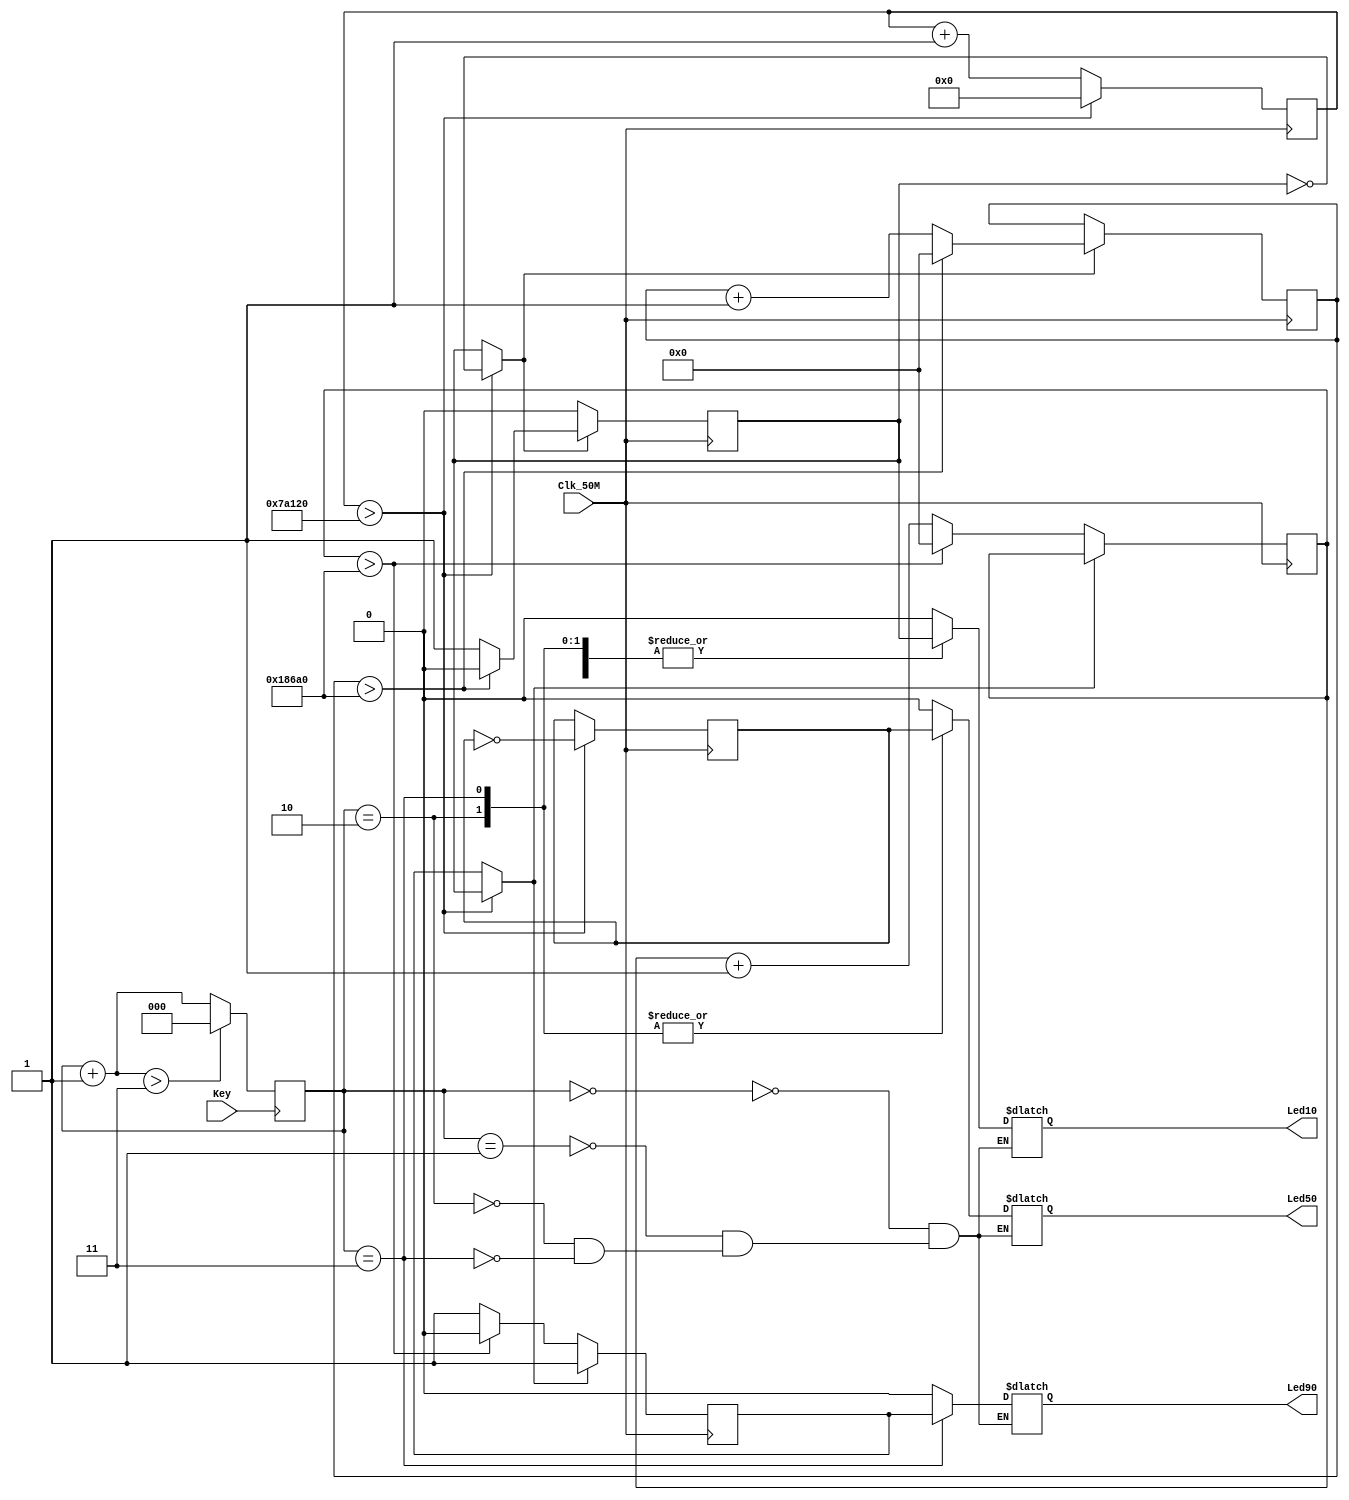
module LED_duty(Led90, Led50, Led10, Key, Clk_50M);

output reg Led90, Led50, Led10;
input Key, Clk_50M;

reg [2:0]Key_count = 3'd0;
reg [27:0]Clk_count = 0;

reg [22:0]Clk10_count = 0;
reg [22:0]Clk90_count = 0;
reg Clk_50 = 1'b0;
reg Clk_10 = 1'b0;
reg Clk_90 = 1'b0;

always@(negedge Key)begin
	if(!Key)begin
		Key_count = Key_count + 3'd1;
		if(Key_count > 3'd3) Key_count = 3'd0;
	end
end

always@(posedge Clk_50M)begin
	// 50MHz --> 100Hz
	if(Clk_count > 500000)begin // (100Hz)500000
		Clk_50 = ~Clk_50; // 50%
		Clk_10 = ~Clk_10;
		Clk_90 = ~Clk_10;
		Clk_count = 0;
	end
	else begin
		Clk_count = Clk_count + 1;
	end
	// 10%
	if(Clk_10 == 1'b1)begin
		if(Clk10_count > 100000)begin
			Clk_10 = 1'b0;
			Clk10_count = 0;
		end
		else
			Clk10_count = Clk10_count + 1;
	end
	// 90%
	if(Clk_90 == 1'b0)begin
		Clk_90 = 1'b1;
		if(Clk90_count > 100000)begin
			Clk_90 = 1'b0;
			Clk90_count = 0;
		end
		else
			Clk90_count = Clk90_count + 1;
	end
end

always@(*)begin
	case(Key_count)
		3'd0:begin
			Led90 = 1'b0;
			Led50 = 1'b0;
			Led10 = 1'b0;
		end
		3'd1:begin
			Led90 = 1'b0;
			Led50 = 1'b0;
			Led10 = Clk_10;
		end
		3'd2:begin
			Led90 = 1'b0;
			Led50 = Clk_50;
			Led10 = Clk_10;
		end
		3'd3:begin
			Led90 = Clk_90;
			Led50 = Clk_50;
			Led10 = Clk_10;
		end
	endcase
end

endmodule